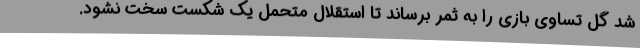
شد گل تساوی بازی را به ثمر برساند تا استقلال متحمل یک شکست سخت نشود.